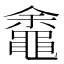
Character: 𬹡